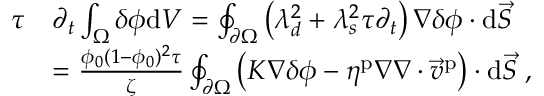
\begin{array} { r l } { \tau } & { \partial _ { t } \int _ { \Omega } \delta \phi \mathrm { d } V = \oint _ { \partial \Omega } \left( \lambda _ { d } ^ { 2 } + \lambda _ { s } ^ { 2 } \tau \partial _ { t } \right) \nabla \delta \phi \cdot \mathrm { d } \vec { S } } \\ & { = \frac { \phi _ { 0 } ( 1 - \phi _ { 0 } ) ^ { 2 } \tau } { \zeta } \oint _ { \partial \Omega } \left( K \nabla \delta \phi - \eta ^ { \mathrm { p } } \nabla \nabla \cdot \vec { v } ^ { \mathrm { p } } \right) \cdot \mathrm { d } \vec { S } \; , } \end{array}